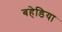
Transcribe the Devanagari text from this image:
बहेडिया